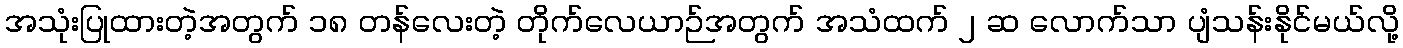
အသုံးပြုထားတဲ့အတွက် ၁၈ တန်လေးတဲ့ တိုက်လေယာဉ်အတွက် အသံထက် ၂ ဆ လောက်သာ ပျံသန်းနိုင်မယ်လို့